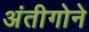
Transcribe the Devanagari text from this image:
अंतीगोने